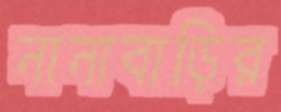
নানাবাড়ির